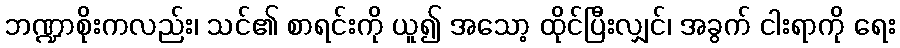
ဘဏ္ဍာစိုးကလည်း၊ သင်၏ စာရင်းကို ယူ၍ အသော့ ထိုင်ပြီးလျှင်၊ အခွက် ငါးရာကို ရေး